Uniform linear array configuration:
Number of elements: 24
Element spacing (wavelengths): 1
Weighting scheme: hann
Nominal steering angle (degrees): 30
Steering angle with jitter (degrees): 29.025
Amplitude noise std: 0.05
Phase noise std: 0.05

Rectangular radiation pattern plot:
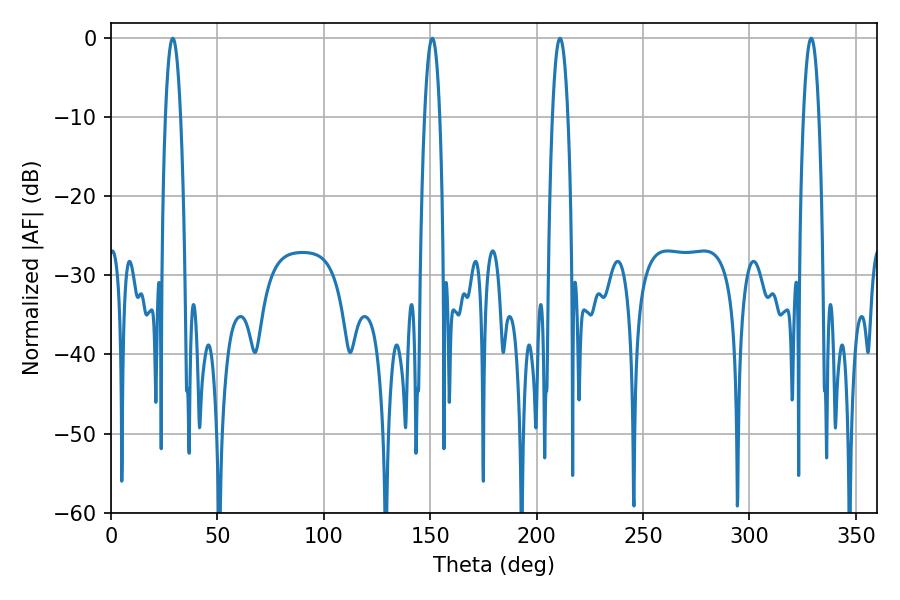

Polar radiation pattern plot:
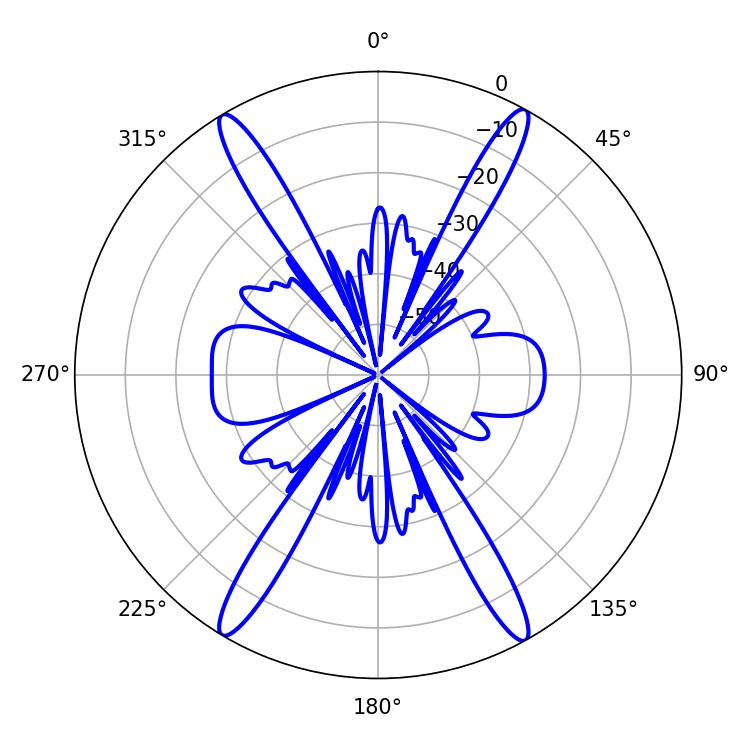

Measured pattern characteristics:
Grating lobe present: TRUE
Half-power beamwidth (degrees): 3.96
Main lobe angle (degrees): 210.96